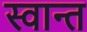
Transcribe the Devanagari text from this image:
स्वान्त